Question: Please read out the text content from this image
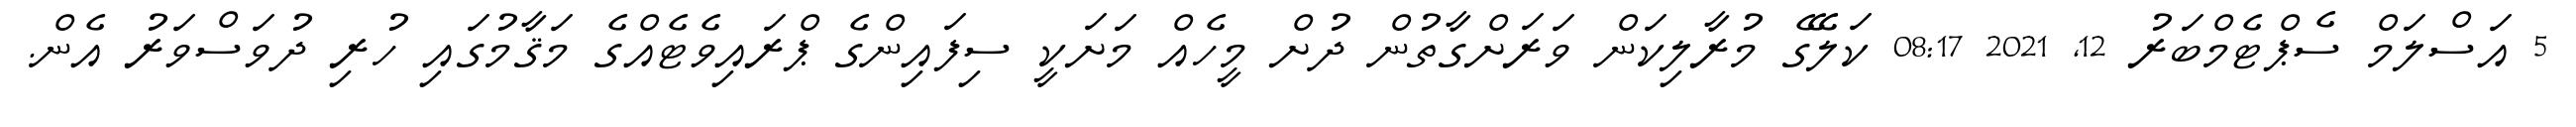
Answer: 5 އަސްލަމް ސެޕްޓެމްބަރު 12, 2021 08:17 ކަލޭގެ މުރާލިކަން ވަރަށްގާތުން ދުށް މީހެއް މަށަކީ ސިފައިންގެ ޕްރައިވެޓެއްގެ މަޤާމުގައި ހުރި ދުވަސްވަރު އެން.